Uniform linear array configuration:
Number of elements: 48
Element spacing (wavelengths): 1
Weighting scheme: binomial
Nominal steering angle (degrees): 0
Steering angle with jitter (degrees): -0.107
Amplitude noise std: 0.05
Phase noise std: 0.05

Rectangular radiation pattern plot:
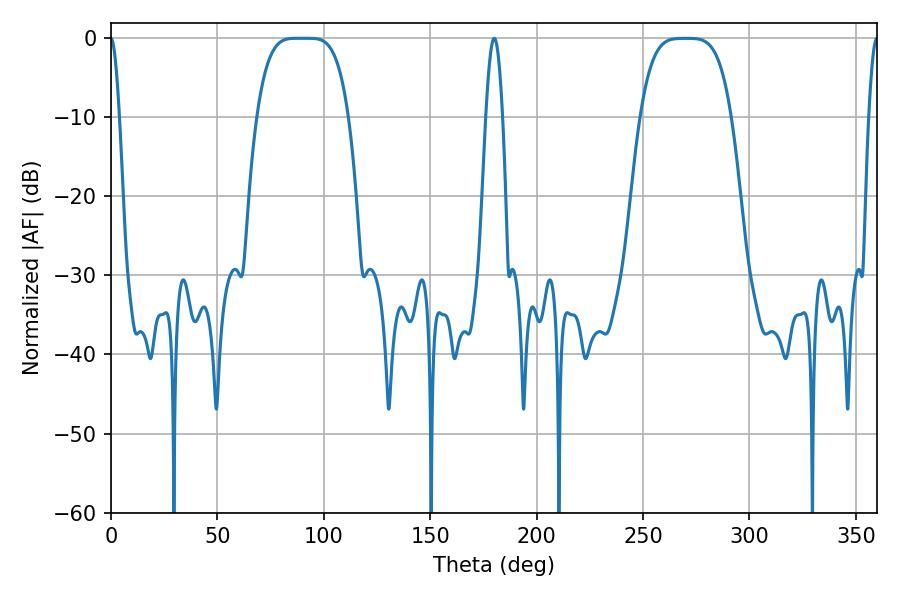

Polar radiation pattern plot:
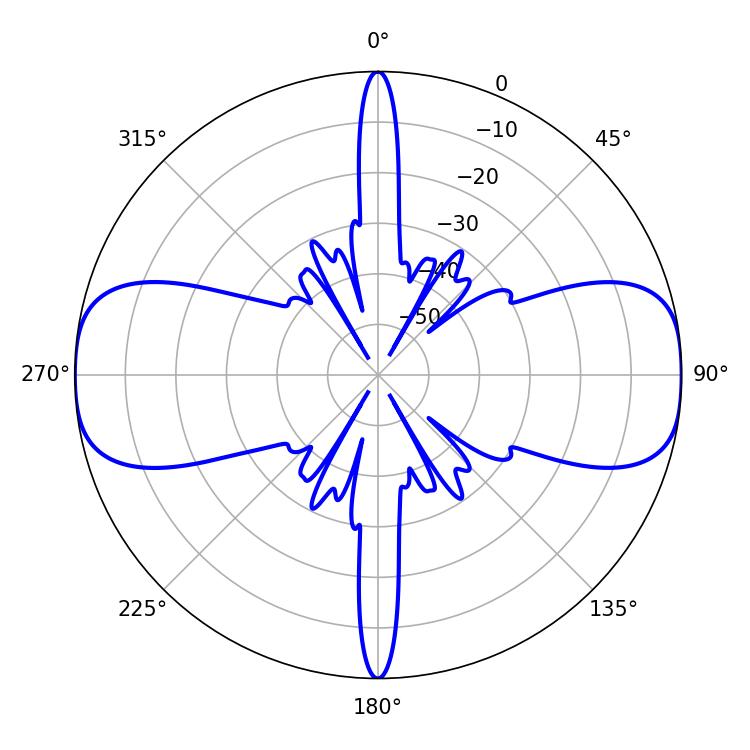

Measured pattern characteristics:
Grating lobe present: TRUE
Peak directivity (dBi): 20.853
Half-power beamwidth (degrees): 32.04
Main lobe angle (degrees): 86.94